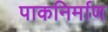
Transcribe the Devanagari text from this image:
पाकनिर्माण